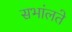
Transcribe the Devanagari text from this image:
सभांलते